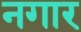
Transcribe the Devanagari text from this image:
नगार